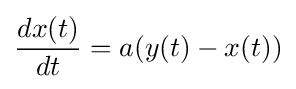
{\frac {dx(t)}{dt}}=a(y(t)-x(t))